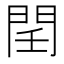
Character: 𨳝